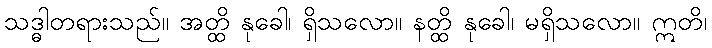
သဒ္ဓါတရားသည်။ အတ္ထိ နုခေါ၊ ရှိသလော။ နတ္ထိ နုခေါ၊ မရှိသလော။ ဣတိ၊